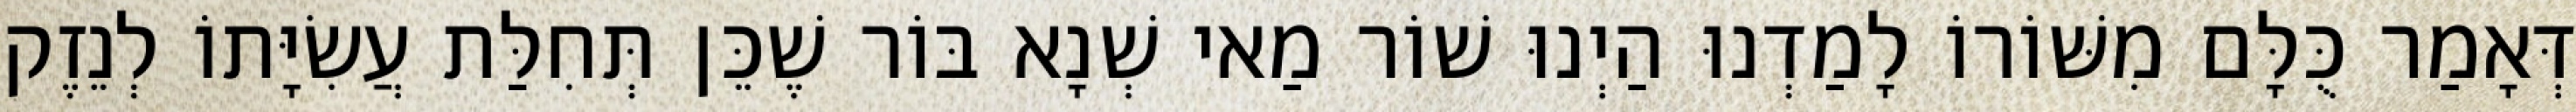
דְּאָמַר כֻּלָּם מִשּׁוֹרוֹ לָמַדְנוּ הַיְנוּ שׁוֹר מַאי שְׁנָא בּוֹר שֶׁכֵּן תְּחִלַּת עֲשִׂיָּתוֹ לְנֵזֶק